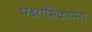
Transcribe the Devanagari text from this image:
पक्षाभिकामय